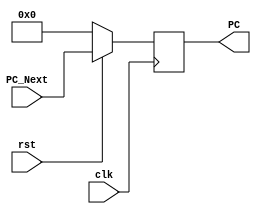
// Copyright 2023 MERL-DSU

//    Licensed under the Apache License, Version 2.0 (the "License");
//    you may not use this file except in compliance with the License.
//    You may obtain a copy of the License at

//        http://www.apache.org/licenses/LICENSE-2.0

//    Unless required by applicable law or agreed to in writing, software
//    distributed under the License is distributed on an "AS IS" BASIS,
//    WITHOUT WARRANTIES OR CONDITIONS OF ANY KIND, either express or implied.
//    See the License for the specific language governing permissions and
//    limitations under the License.

module PC_Module(clk,rst,PC,PC_Next);
    input clk,rst;
    input [31:0]PC_Next;
    output [31:0]PC;
    reg [31:0]PC;

    always @(posedge clk)
    begin
        if(rst == 1'b0)
            PC <= {32{1'b0}};
        else
            PC <= PC_Next;
    end
endmodule